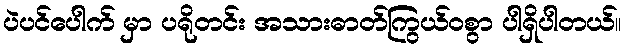
ပဲပင်ပေါက် မှာ ပရိုတင်း အသားဓာတ်ကြွယ်ဝစွာ ပါရှိပါတယ်။